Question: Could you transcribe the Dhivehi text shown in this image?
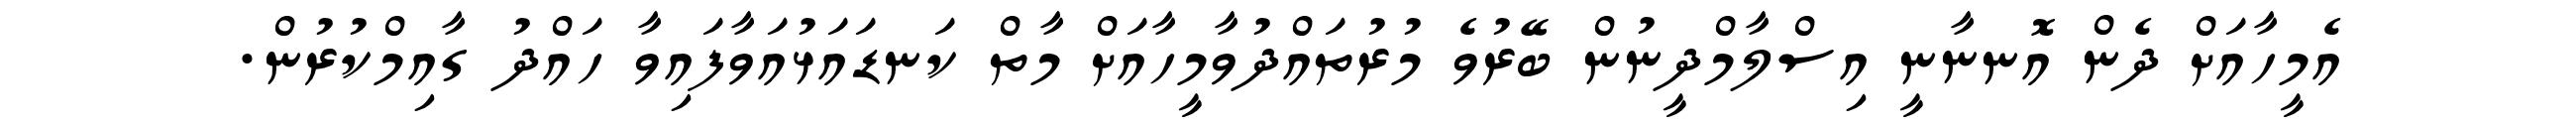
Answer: އެމީހާއަށް ދެން އޮނނާނީ އިސްލާމްދީނުން ބޭރުވެ މުރުތައްދުވާމީހާއަށް މާތް ކަނޑައަޅުއަވާފައިވާ ހައްދު ގާއިމްކުރުން.